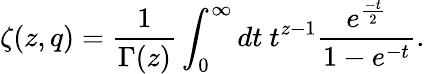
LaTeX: \zeta(z,q)=\frac{1}{\Gamma(z)}\int_{0}^{\infty}dt~t^{z-1}\frac{e^{\frac{-t}{2}}}{1-e^{-t}}.